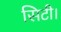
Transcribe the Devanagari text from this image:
सिटी।